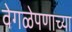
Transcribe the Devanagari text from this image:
वेगळेपणाच्या